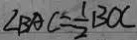
\angle B A C = \frac { 1 } { 2 } B O C